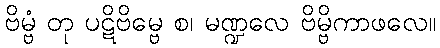
ဗိမ္ဗံ တု ပဋိဗိမ္ဗေ စ၊ မဏ္ဍလေ ဗိမ္ဗိကာဖလေ။